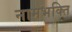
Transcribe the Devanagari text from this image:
नामभक्ति